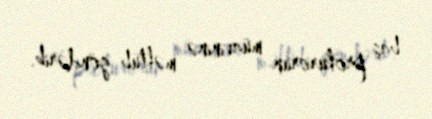
baş prokurorun müavininə məktub göndərib.